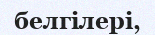
белгілері,